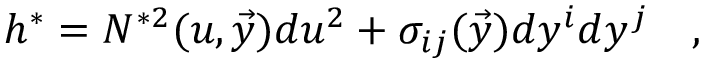
h ^ { \ast } = N ^ { \ast 2 } ( u , { \vec { y } } ) d u ^ { 2 } + \sigma _ { i j } ( \vec { y } ) d y ^ { i } d y ^ { j } \quad ,